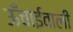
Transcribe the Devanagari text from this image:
ऊँचाईवाली